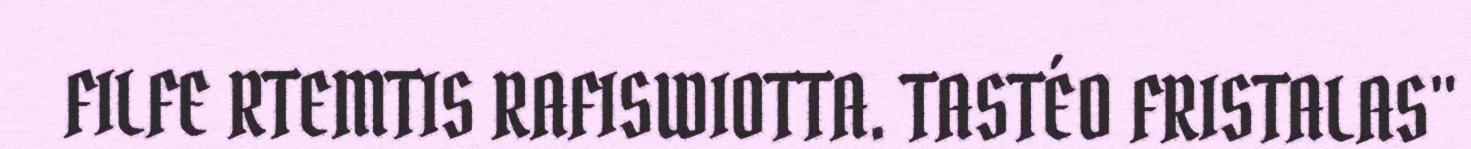
FILFE RTEMTIS RAFISWIOTTA. TASTÉO FRISTALAS"